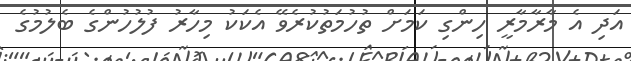
އަދި އެ މާރާމާރީ ހިންގި ކަމަށް ތުހުމަތުކުރެވޭ އެކަކު މިހާރު ފުލުހުންގެ ބެލުމުގެ